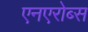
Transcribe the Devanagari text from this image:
एनएरोब्स